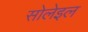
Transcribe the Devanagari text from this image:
सोलेइल